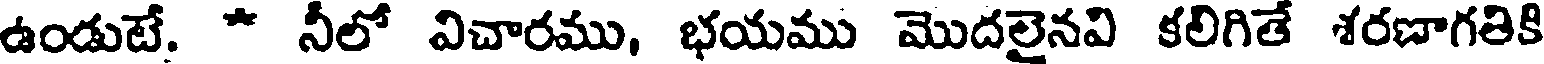
ఉండుటే. * నీలో విచారము, భయము మొదలైనవి కలిగితే శరణాగతికి